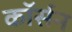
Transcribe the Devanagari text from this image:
कॉर्सन